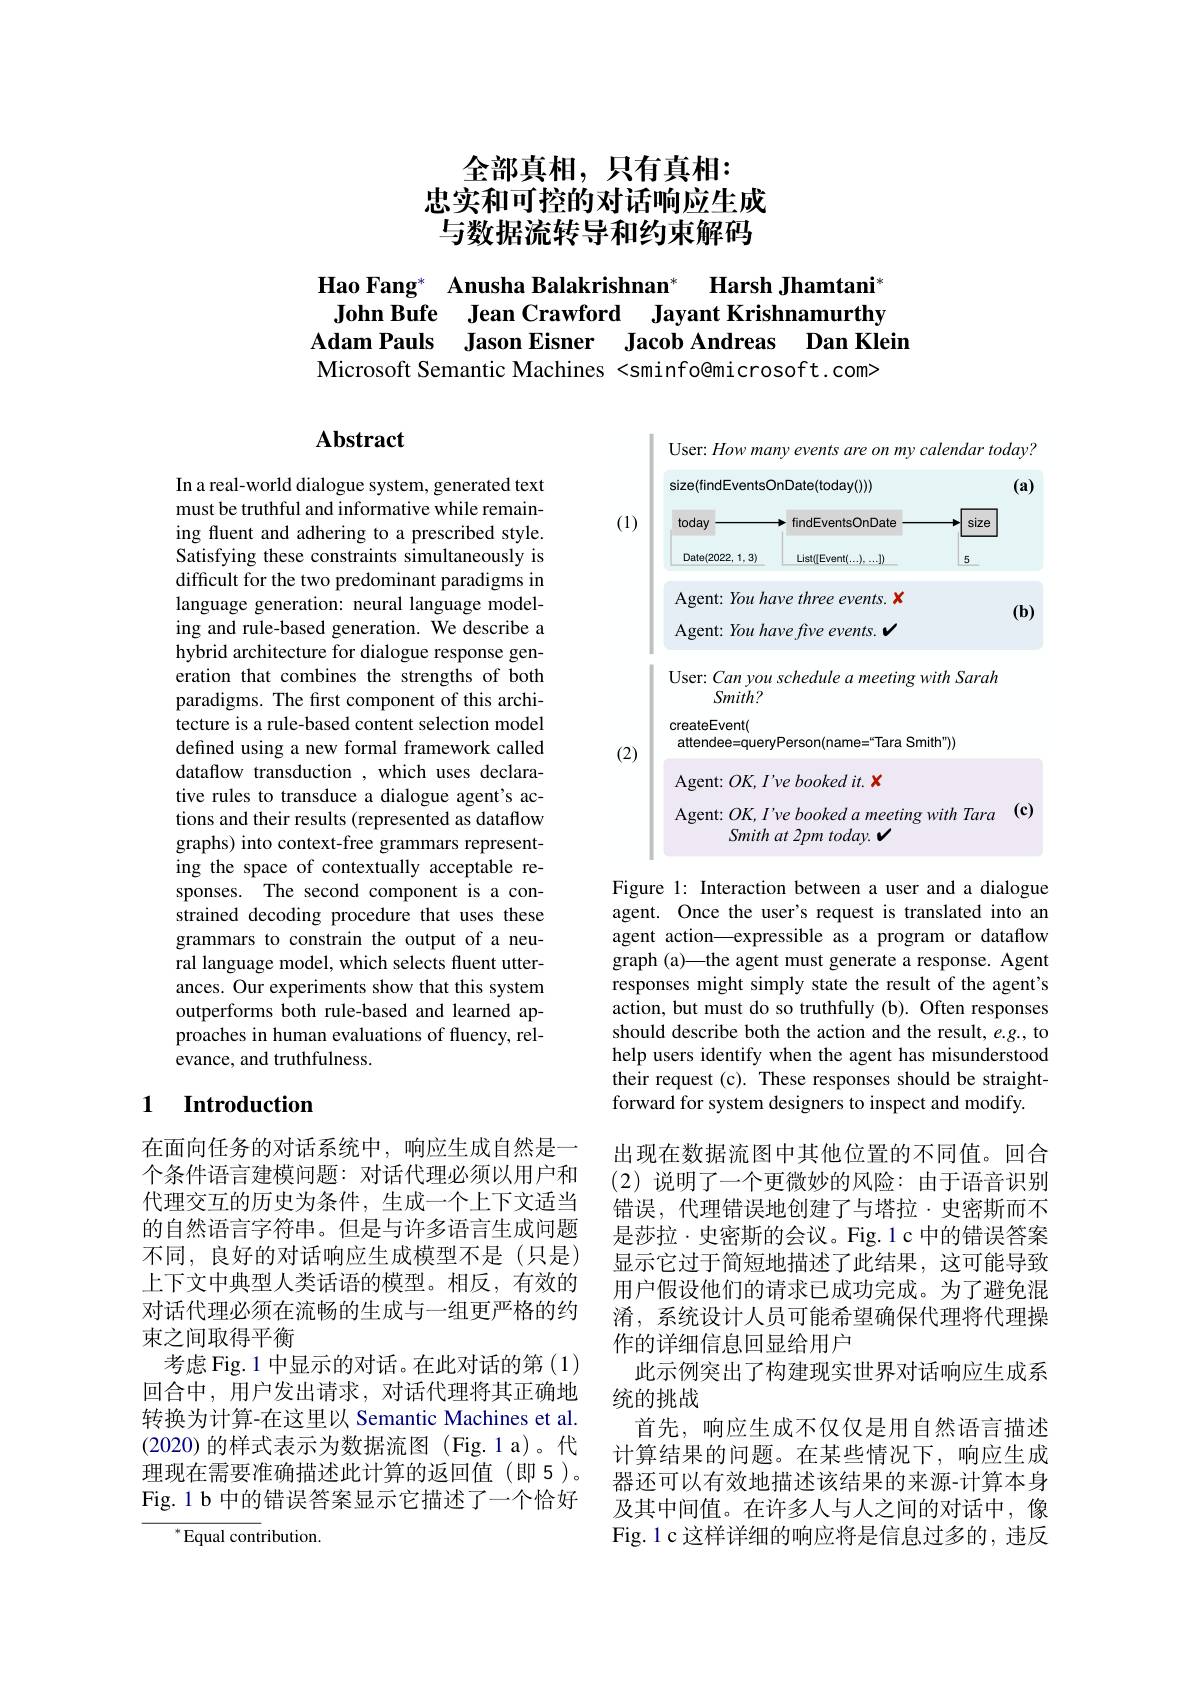
全部真相，只有真相：
忠实和可控的对话响应生成与数据流转导和约束解码

Hao Fang* Anusha Balakrishnan*
## Harsh Jhamtani"
John Bufe Jean Crawford Jayant Krishnamurthy
Adam Pauls Jason Eisner Jacob Andreas Dan Klein
Microsoft Semantic Machines <sminfo@microsoft.com>

## Abstract

In a real-world dialogue system, generated text must be truthful and informative while remaining fluent and adhering to a prescribed style. Satisfying these constraints simultaneously is difficult for the two predominant paradigms in language generation: neural language modeling and rule-based generation. We describe a hybrid architecture for dialogue response generation that combines the strengths of both paradigms. The fırst component of this architecture is a rule-based content selection model defined using a new formal framework called dataflow transduction , which uses declarative rules to transduce a dialogue agent's actions and their results (represented as dataflow graphs) into context-free grammars representing the space of contextually acceptable responses. The second component is a constrained decoding procedure that uses these grammars to constrain the output of a neural language model, which selects fluent utterances. Our experiments show that this system outperforms both rule-based and learned approaches in human evaluations of fluency, relevance, and truthfulness.

### 1 $\textbf{Introduction}$

在面向任务的对话系统中，响应生成自然是一
个条件语言建模问题：对话代理必须以用户和代理交互的历史为条件，生成一个上下文适当的自然语言字符串。但是与许多语言生成问题不同，良好的对话响应生成模型不是(只是) 上下文中典型人类话语的模型。相反，有效的对话代理必须在流畅的生成与一组更严格的约束之间取得平衡
考虑 Fig. 1 中显示的对话。在此对话的第 (1) 回合中，用户发出请求，对话代理将其正确地转换为计算-在这里以 Semantic Machines et al. (2020)的样式表示为数据流图(Fig.1a)。代理现在需要准确描述此计算的返回值(即5)。Fig.1 b 中的错误答案显示它描述了一个恰好

${^{*}\mathrm{Equal~cont}}$ribution.

<FigureHere>

Figure 1: Interaction between a user and a dialogue agent. Once the user's request is translated into an agent action—expressible as a program or dataflow graph (a)—the agent must generate a response. Agent responses might simply state the result of the agent's action, but must do so truthfully (b). Often responses should describe both the action and the result, e.g., to help users identify when the agent has misunderstood their request (c). These responses should be straightforward for system designers to inspect and modify.

出现在数据流图中其他位置的不同值。回合(2)说明了一个更微妙的风险：由于语音识别错误，代理错误地创建了与塔拉·史密斯而不是莎拉·史密斯的会议。Fig.1 c 中的错误答案显示它过于简短地描述了此结果，这可能导致用户假设他们的请求已成功完成。为了避免混淆，系统设计人员可能希望确保代理将代理操作的详细信息回显给用户
此示例突出了构建现实世界对话响应生成系
统的挑战
首先，响应生成不仅仅是用自然语言描述计算结果的问题。在某些情况下，响应生成器还可以有效地描述该结果的来源-计算本身及其中间值。在许多人与人之间的对话中，像Fig.1 c 这样详细的响应将是信息过多的，违反